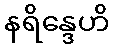
နရိန္ဒေဟိ